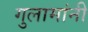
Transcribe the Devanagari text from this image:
गुलामांनी